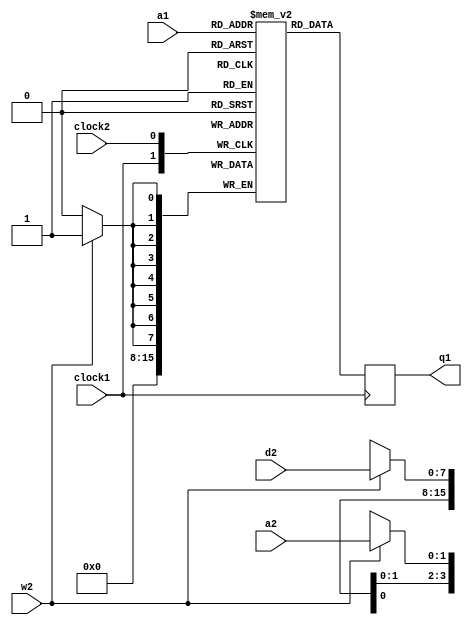
//-------------------------------------------------------------------------------------------------
//  Dual port RAM, port 1 read only, port 2 write only
//-------------------------------------------------------------------------------------------------
//  This file is part of the Elan Enterprise FPGA implementation project.
//  Copyright (C) 2023 Kyp069 <kyp069@gmail.com>
//
//  This program is free software; you can redistribute it and/or modify it under the terms 
//  of the GNU General Public License as published by the Free Software Foundation;
//  either version 3 of the License, or (at your option) any later version.
//
//  This program is distributed in the hope that it will be useful, but WITHOUT ANY WARRANTY;
//  without even the implied warranty of MERCHANTABILITY or FITNESS FOR A PARTICULAR PURPOSE.
//  See the GNU General Public License for more details.
//
//  You should have received a copy of the GNU General Public License along with this program;
//  if not, If not, see <https://www.gnu.org/licenses/>.
//-------------------------------------------------------------------------------------------------
module dprs
//-------------------------------------------------------------------------------------------------
#
(
	parameter KB = 0
)
(
	input  wire                      clock1,
	input  wire[$clog2(KB*1024)-1:0] a1,
	output reg [                7:0] q1,
	input  wire                      clock2,
	input  wire[$clog2(KB*1024)-1:0] a2,
	input  wire[                7:0] d2,
	input  wire                      w2
);
//-------------------------------------------------------------------------------------------------

reg[7:0] mem[(KB*1024)-1:0];

wire w1 = 1'b0;
wire[7:0] d1 = 8'hFF;
always @(posedge clock1) if(w1) begin q1 <= d1; mem[a1] <= d1; end else q1 <= mem[a1];

reg[7:0] q2;
always @(posedge clock2) if(w2) begin q2 <= d2; mem[a2] <= d2; end else q2 <= mem[a2];

//-------------------------------------------------------------------------------------------------
endmodule
//-------------------------------------------------------------------------------------------------